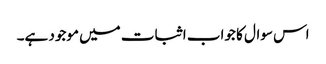
اس سوال کا جواب اثبات میں موجود ہے۔